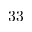
3 3